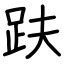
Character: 趺